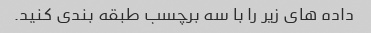
داده های زیر را با سه برچسب طبقه بندی کنید.